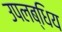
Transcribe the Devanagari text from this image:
उपलब्धिय